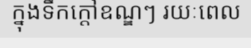
ក្នុងទឹកក្តៅឧណ្ឌៗ រយៈពេល